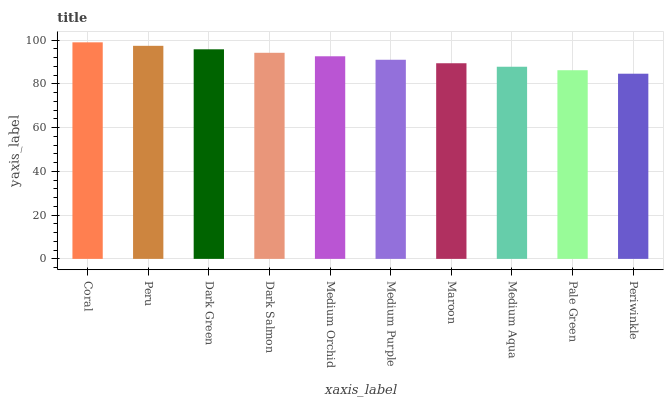
| xaxis_label | bars |
 | --- | --- |
 | Coral | 99 |
 | Peru | 97.4 |
 | Dark Green | 95.8 |
 | Dark Salmon | 94.2 |
 | Medium Orchid | 92.6 |
 | Medium Purple | 91 |
 | Maroon | 89.4 |
 | Medium Aqua | 87.8 |
 | Pale Green | 86.2 |
 | Periwinkle | 84.7 |